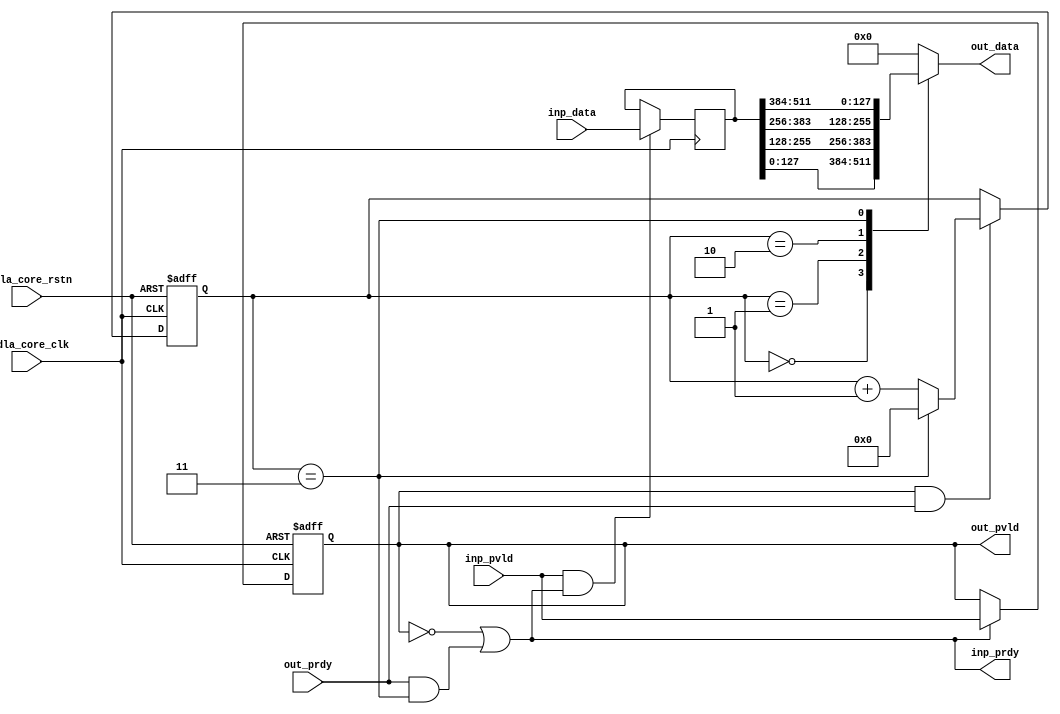
// This program was cloned from: https://github.com/TILOS-AI-Institute/MacroPlacement
// License: BSD 3-Clause "New" or "Revised" License

// ================================================================
// NVDLA Open Source Project
//
// Copyright(c) 2016 - 2017 NVIDIA Corporation. Licensed under the
// NVDLA Open Hardware License; Check "LICENSE" which comes with
// this distribution for more information.
// ================================================================
module NV_NVDLA_SDP_CORE_pack (
   nvdla_core_clk
  ,nvdla_core_rstn
  ,inp_pvld
  ,inp_data
  ,inp_prdy
  ,out_pvld
  ,out_data
  ,out_prdy
);
parameter IW = 512;
parameter OW = 128;
parameter RATIO = IW/OW;
input nvdla_core_clk;
input nvdla_core_rstn;
input inp_pvld;
output inp_prdy;
input [IW-1:0] inp_data;
output out_pvld;
input out_prdy;
output [OW-1:0] out_data;
reg [IW-1:0] pack_data;
reg pack_pvld;
wire pack_prdy;
wire inp_acc;
wire out_acc;
wire is_pack_last;
reg [OW-1:0] mux_data;
assign out_data = mux_data;
assign pack_prdy = out_prdy;
assign out_pvld = pack_pvld;
assign inp_prdy = (!pack_pvld) | (pack_prdy & is_pack_last);
always @(posedge nvdla_core_clk or negedge nvdla_core_rstn) begin
  if (!nvdla_core_rstn)
    pack_pvld <= 1'b0;
  else if (inp_prdy)
    pack_pvld <= inp_pvld;
end
assign inp_acc = inp_pvld & inp_prdy;
assign out_acc = out_pvld & out_prdy;
always @(posedge nvdla_core_clk) begin
  if (inp_acc)
    pack_data <= inp_data;
end
wire [OW*16-1:0] pack_data_ext = {{(OW*16-IW){1'b0}},pack_data};
reg [3:0] pack_cnt;
always @(posedge nvdla_core_clk or negedge nvdla_core_rstn) begin
  if (!nvdla_core_rstn)
    pack_cnt <= 4'h0;
  else if (out_acc) begin
    if (is_pack_last)
        pack_cnt <= 4'h0;
    else
        pack_cnt <= pack_cnt + 1;
  end
end
assign is_pack_last = (pack_cnt==RATIO-1);
wire [OW-1:0] pack_seg0 = pack_data_ext[((OW*0) + OW - 1):OW*0];
wire [OW-1:0] pack_seg1 = pack_data_ext[((OW*1) + OW - 1):OW*1];
wire [OW-1:0] pack_seg2 = pack_data_ext[((OW*2) + OW - 1):OW*2];
wire [OW-1:0] pack_seg3 = pack_data_ext[((OW*3) + OW - 1):OW*3];
wire [OW-1:0] pack_seg4 = pack_data_ext[((OW*4) + OW - 1):OW*4];
wire [OW-1:0] pack_seg5 = pack_data_ext[((OW*5) + OW - 1):OW*5];
wire [OW-1:0] pack_seg6 = pack_data_ext[((OW*6) + OW - 1):OW*6];
wire [OW-1:0] pack_seg7 = pack_data_ext[((OW*7) + OW - 1):OW*7];
wire [OW-1:0] pack_seg8 = pack_data_ext[((OW*8) + OW - 1):OW*8];
wire [OW-1:0] pack_seg9 = pack_data_ext[((OW*9) + OW - 1):OW*9];
wire [OW-1:0] pack_seg10 = pack_data_ext[((OW*10) + OW - 1):OW*10];
wire [OW-1:0] pack_seg11 = pack_data_ext[((OW*11) + OW - 1):OW*11];
wire [OW-1:0] pack_seg12 = pack_data_ext[((OW*12) + OW - 1):OW*12];
wire [OW-1:0] pack_seg13 = pack_data_ext[((OW*13) + OW - 1):OW*13];
wire [OW-1:0] pack_seg14 = pack_data_ext[((OW*14) + OW - 1):OW*14];
wire [OW-1:0] pack_seg15 = pack_data_ext[((OW*15) + OW - 1):OW*15];
generate
if(RATIO == 1) begin
always @( pack_seg0) begin
     mux_data = pack_seg0;
end
end
else if(RATIO == 2) begin
always @(
  pack_cnt
  or pack_seg0
  or pack_seg1
  ) begin
    case (pack_cnt)
     0: mux_data = pack_seg0;
     1: mux_data = pack_seg1;
    default : mux_data = {OW{1'b0}};
    endcase
end
end
else if(RATIO == 4) begin
always @(
  pack_cnt
  or pack_seg0
  or pack_seg1
  or pack_seg2
  or pack_seg3
  ) begin
    case (pack_cnt)
     0: mux_data = pack_seg0;
     1: mux_data = pack_seg1;
     2: mux_data = pack_seg2;
     3: mux_data = pack_seg3;
    default : mux_data = {OW{1'b0}};
    endcase
end
end
else if (RATIO == 8) begin
always @(
  pack_cnt
  or pack_seg0
  or pack_seg1
  or pack_seg2
  or pack_seg3
  or pack_seg4
  or pack_seg5
  or pack_seg6
  or pack_seg7
  ) begin
    case (pack_cnt)
     0: mux_data = pack_seg0;
     1: mux_data = pack_seg1;
     2: mux_data = pack_seg2;
     3: mux_data = pack_seg3;
     4: mux_data = pack_seg4;
     5: mux_data = pack_seg5;
     6: mux_data = pack_seg6;
     7: mux_data = pack_seg7;
    default : mux_data = {OW{1'b0}};
    endcase
end
end
else if (RATIO == 16) begin
always @(
  pack_cnt
  or pack_seg0
  or pack_seg1
  or pack_seg2
  or pack_seg3
  or pack_seg4
  or pack_seg5
  or pack_seg6
  or pack_seg7
  or pack_seg8
  or pack_seg9
  or pack_seg10
  or pack_seg11
  or pack_seg12
  or pack_seg13
  or pack_seg14
  or pack_seg15
  ) begin
    case (pack_cnt)
     0: mux_data = pack_seg0;
     1: mux_data = pack_seg1;
     2: mux_data = pack_seg2;
     3: mux_data = pack_seg3;
     4: mux_data = pack_seg4;
     5: mux_data = pack_seg5;
     6: mux_data = pack_seg6;
     7: mux_data = pack_seg7;
     8: mux_data = pack_seg8;
     9: mux_data = pack_seg9;
     10: mux_data = pack_seg10;
     11: mux_data = pack_seg11;
     12: mux_data = pack_seg12;
     13: mux_data = pack_seg13;
     14: mux_data = pack_seg14;
     15: mux_data = pack_seg15;
    default : mux_data = {OW{1'b0}};
    endcase
end
end
endgenerate
endmodule // NV_NVDLA_SDP_CORE_pack